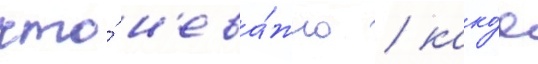
что́ н'ева́жно / како́е